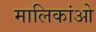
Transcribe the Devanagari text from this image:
मालिकांओ